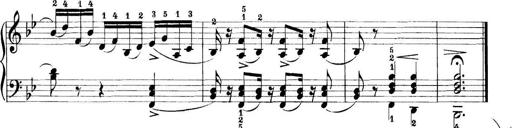
Title: 11 Sonatinas
Composer: Anton Diabelli